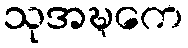
သုအဍ္ဎကေ